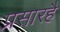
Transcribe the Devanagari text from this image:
प्रसारहै